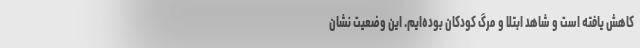
کاهش یافته است و شاهد ابتلا و مرگ کودکان بوده‌ایم. این وضعیت نشان